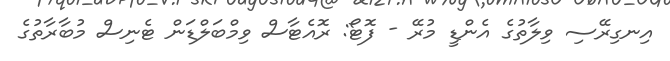
އިނގިރޭސި ވިލާތުގެ އެންޑީ މުރޭ - ފޮޓޯ: ރޮއެޓާސް ވިމްބަލްޑަން ޓެނިސް މުބާރާތުގެ